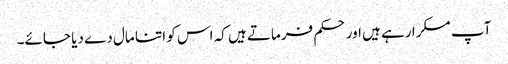
آپ مسکرا رہے ہیں اور حکم فرماتے ہیں کہ اس کو اتنا مال دے دیا جائے۔